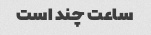
ساعت چند است